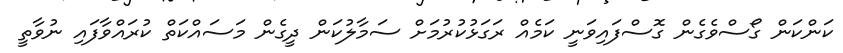
ކަންކަން ގޯސްވެގެން ގޮސްފައިވަނީ ކަމެއް ރަގަޅުކުރުމަށް ސަމާލުކަން ދީގެން މަސައްކަތް ކުރައްވާފައި ނުވާތީ